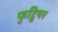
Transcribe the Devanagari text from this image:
फुट्वियर